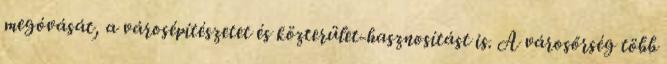
megóvását, a városépítészetet és közterület-hasznosítást is. A városőrség több